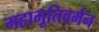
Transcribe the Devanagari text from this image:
महाभूतिवर्मन